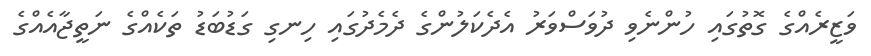
ވަޒީރެއްގެ ގޮތުގައި ހުންނެވި ދުވަސްވަރު އެދެކަލުންގެ ދެމެދުގައި ހިނގި ގަޑުބަޑު ތަކެއްގެ ނަތީޖާއެއްގެ